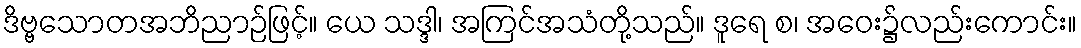
ဒိဗ္ဗသောတအဘိညာဉ်ဖြင့်။ ယေ သဒ္ဒါ၊ အကြင်အသံတို့သည်။ ဒူရေ စ၊ အဝေး၌လည်းကောင်း။